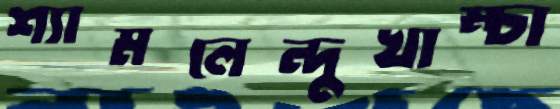
শ্যামলেন্দুখাম্‌চা